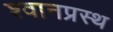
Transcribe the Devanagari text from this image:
श्वानप्रस्थ